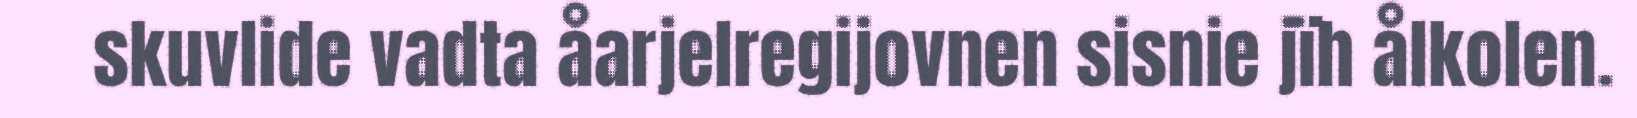
skuvlide vadta åarjelregijovnen sisnie jïh ålkolen.